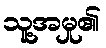
သူ့အမှု၏